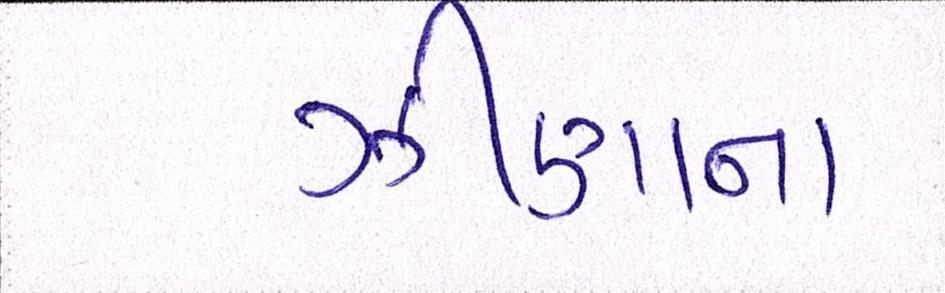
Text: ઝીણાના